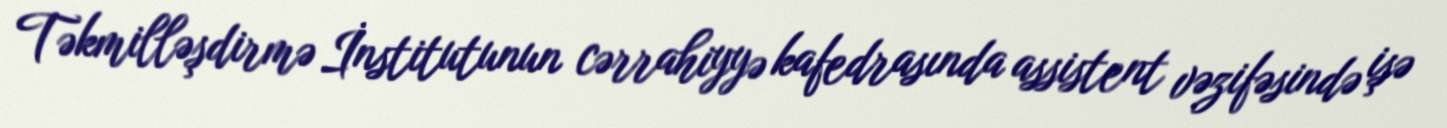
Təkmilləşdirmə İnstitutunun cərrahiyyə kafedrasında assistent vəzifəsində işə